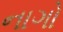
નાગો